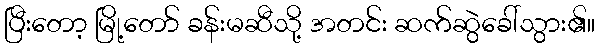
ပြီးတော့ မြို့တော် ခန်းမဆီသို့ အတင်း ဆက်ဆွဲခေါ်သွား၏။